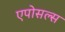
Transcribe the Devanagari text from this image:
एपोसल्स